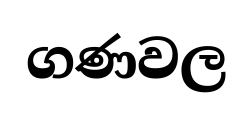
ගණවල